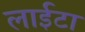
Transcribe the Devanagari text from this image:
लाईटा